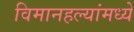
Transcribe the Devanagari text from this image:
विमानहल्यांमध्ये